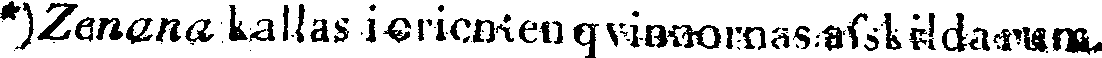
*)Zenana kallas i orienten qvinnornas afskilda rum.